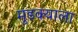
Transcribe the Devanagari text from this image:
मुंडक्याला